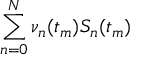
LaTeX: \sum _ { n = 0 } ^ { N } \nu _ { n } ( t _ { m } ) S _ { n } ( t _ { m } )